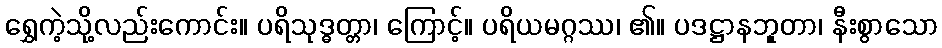
ရွှေကဲ့သို့လည်းကောင်း။ ပရိသုဒ္ဓတ္တာ၊ ကြောင့်။ ပရိယမဂ္ဂဿ၊ ၏။ ပဒဋ္ဌာနဘူုတာ၊ နီးစွာသော